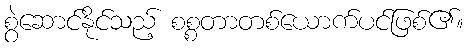
စွဲဆောင်နိုင်သည့် စစ္စတာတစ်ယောက်ပင်ဖြစ်၏။